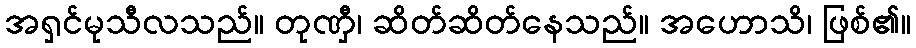
အရှင်မုသီလသည်။ တုဏှီ၊ ဆိတ်ဆိတ်နေသည်။ အဟောသိ၊ ဖြစ်၏။